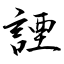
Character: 諲